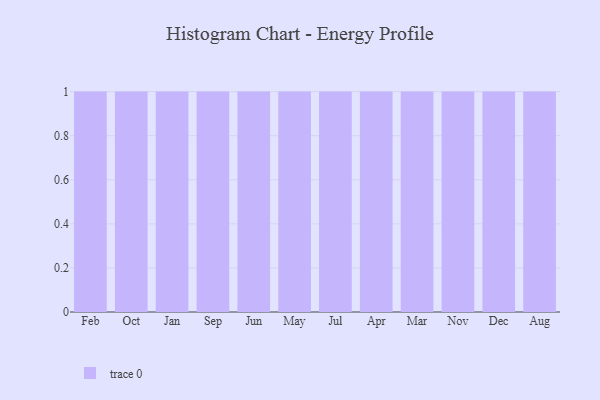
{"axis": {"x": "Month", "y": "Website Visitors"}, "legend": [""], "data": [{"x": "Feb", "y": 58, "type": ""}, {"x": "Oct", "y": 82, "type": ""}, {"x": "Jan", "y": 81, "type": ""}, {"x": "Sep", "y": 81, "type": ""}, {"x": "Jun", "y": 24, "type": ""}, {"x": "May", "y": 13, "type": ""}, {"x": "Jul", "y": 6, "type": ""}, {"x": "Apr", "y": 50, "type": ""}, {"x": "Mar", "y": 96, "type": ""}, {"x": "Nov", "y": 28, "type": ""}, {"x": "Dec", "y": 81, "type": ""}, {"x": "Aug", "y": 48, "type": ""}]}